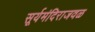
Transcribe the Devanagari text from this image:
सूर्यमंदिराजवळ